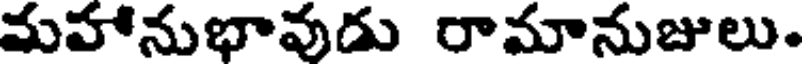
మహానుభావుడు రామానుజులు.